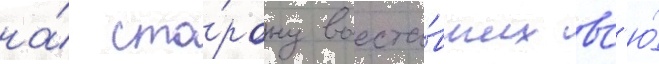
на́ сто́рону восста́вших вс'ю́